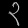
Digit: ၃